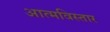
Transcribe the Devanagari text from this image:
आत्मविस्तार